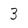
Character: 3